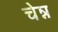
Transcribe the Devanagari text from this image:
चेन्न